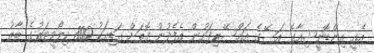
އެއީ އިންޑޮނީޝިއާގެ އަސޭގެ އައްސޭރިފަށުން އެފެދުނު ގޮތަށް ގަޑިއަކު 800 ކިލޯމީޓަރުގެ ބާރު